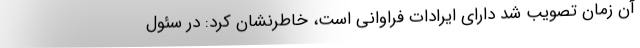
آن زمان تصویب شد دارای ایرادات فراوانی است، خاطرنشان کرد: در سئول